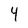
Character: 4